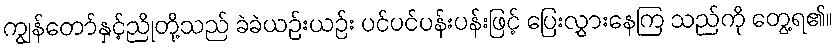
ကျွန်တော်နှင့်ညိုတို့သည် ခဲခဲယဉ်းယဉ်း ပင်ပင်ပန်းပန်းဖြင့် ပြေးလွှားနေကြ သည်ကို တွေ့ရ၏။